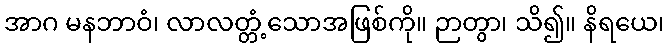
အာဂ မနဘာဝံ၊ လာလတ္တံ့သောအဖြစ်ကို။ ဉာတွာ၊ သိ၍။ နိရယေ၊